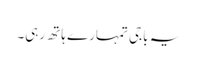
یہ باجی تمہارے ہاتھ رہی۔